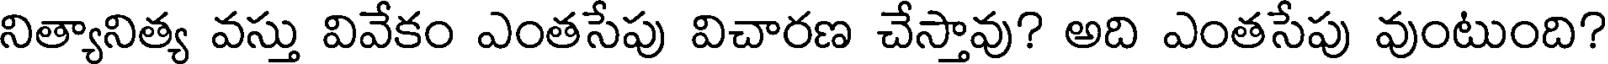
నిత్యానిత్య వస్తు వివేకం ఎంతసేపు విచారణ చేస్తావు? అది ఎంతసేపు వుంటుంది?